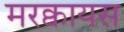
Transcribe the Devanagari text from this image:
मरक्वायस